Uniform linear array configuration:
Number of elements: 24
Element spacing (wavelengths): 0.25
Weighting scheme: hamming
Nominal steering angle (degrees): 45
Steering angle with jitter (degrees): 45.525
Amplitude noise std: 0.05
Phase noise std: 0.05

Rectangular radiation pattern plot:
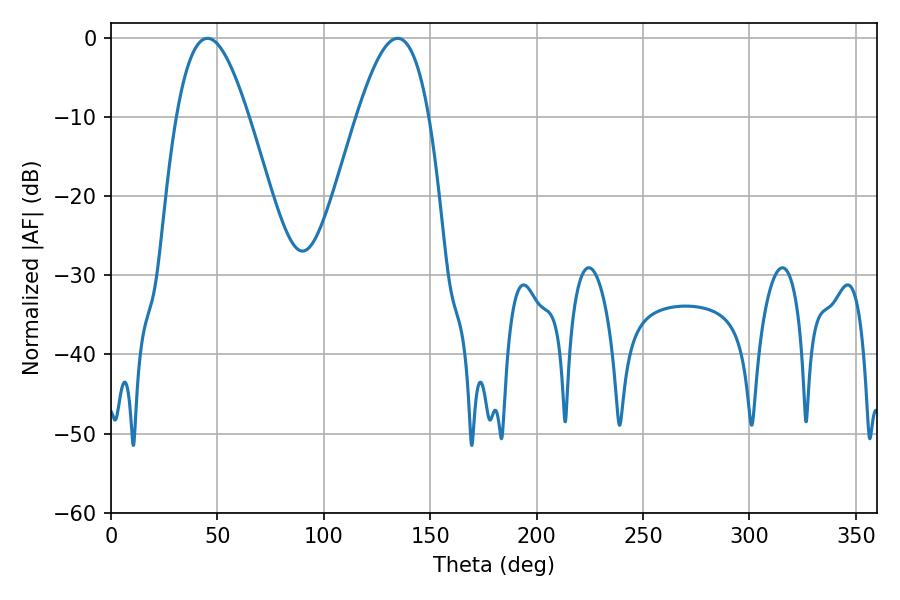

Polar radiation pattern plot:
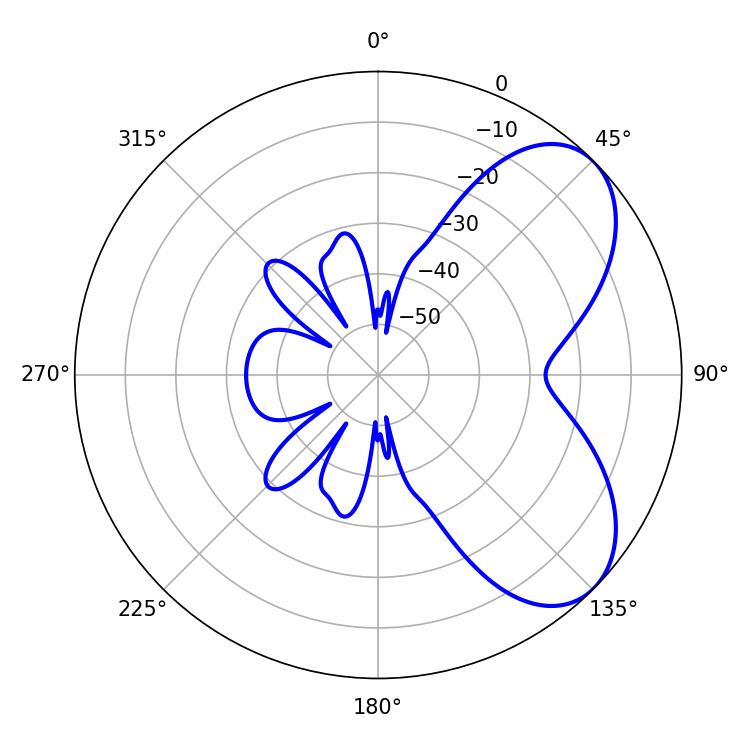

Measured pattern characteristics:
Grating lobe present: FALSE
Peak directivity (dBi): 5.984
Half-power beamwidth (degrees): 18.36
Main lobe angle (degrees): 45.36